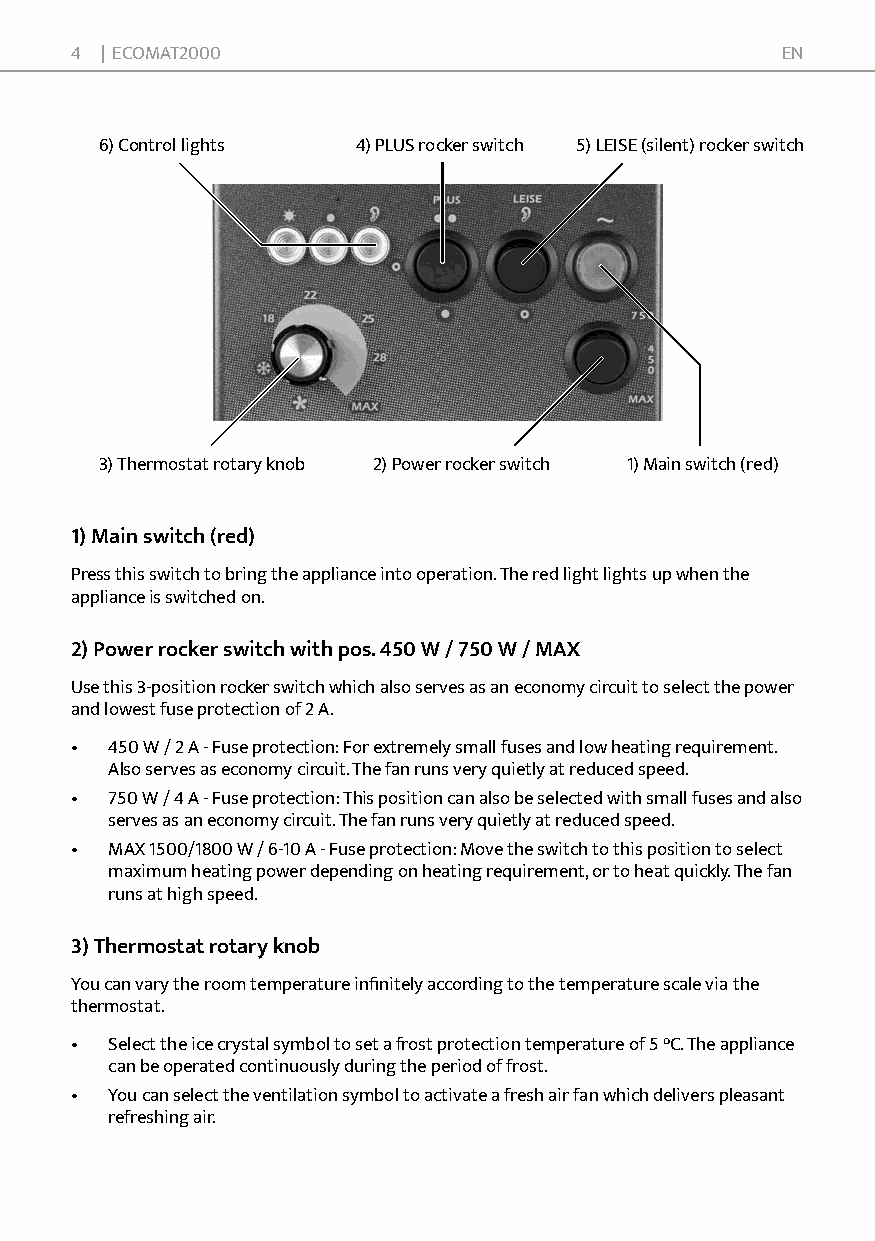
4 | ECOMAT2000                                 en
 6) control lights 4) plus rocker switch 5) leise (silent) rocker switch
 3) thermostat rotary knob 2) power rocker switch 1) main switch (red)
 1) Main switch (red)
 press this switch to bring the appliance into operation. the red light lights up when the
 appliance is switched on.
 2) Power rocker switch with pos. 450 W / 750 W / MAX
 use this 3-position rocker switch which also serves as an economy circuit to select the power
 and lowest fuse protection of 2 a.
 • 450 w / 2 a - Fuse protection: For extremely small fuses and low heating requirement.
 also serves as economy circuit. the fan runs very quietly at reduced speed.
 • 750 w / 4 a - Fuse protection: this position can also be selected with small fuses and also
 serves as an economy circuit. the fan runs very quietly at reduced speed.
 • maX 1500/1800 w / 6-10 a - Fuse protection: move the switch to this position to select
 maximum heating power depending on heating requirement, or to heat quickly. the fan
 runs at high speed.
 3) Thermostat rotary knob
 You can vary the room temperature infinitely according to the temperature scale via the
 thermostat.
 • select the ice crystal symbol to set a frost protection temperature of 5 °c. the appliance
 can be operated continuously during the period of frost.
 • You can select the ventilation symbol to activate a fresh air fan which delivers pleasant
 refreshing air.